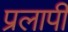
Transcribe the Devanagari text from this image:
प्रलापी